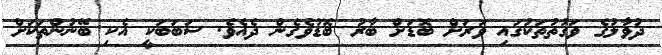
ދުވާލުގެ ވަގުތުތަކުގައި ވަރަށް ބޮޑަށް ބާރު ބޮޑުވެގެން ދެއެވެ. ސަބަބަކީ އެކި ބޭނުންތަކަށް